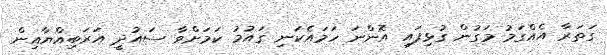
ގަތަރާ އެއްގަމު މަގުން ގުޅިފައި އޮންނަ ހަމައެކަނި ގައުމު ކަމަށްވާ ސައުދީ އަރަބިއްޔާއިން